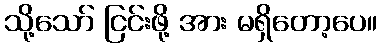
သို့သော် ငြင်းဖို့ အား မရှိတော့ပေ။